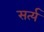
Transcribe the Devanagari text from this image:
सर्त्य